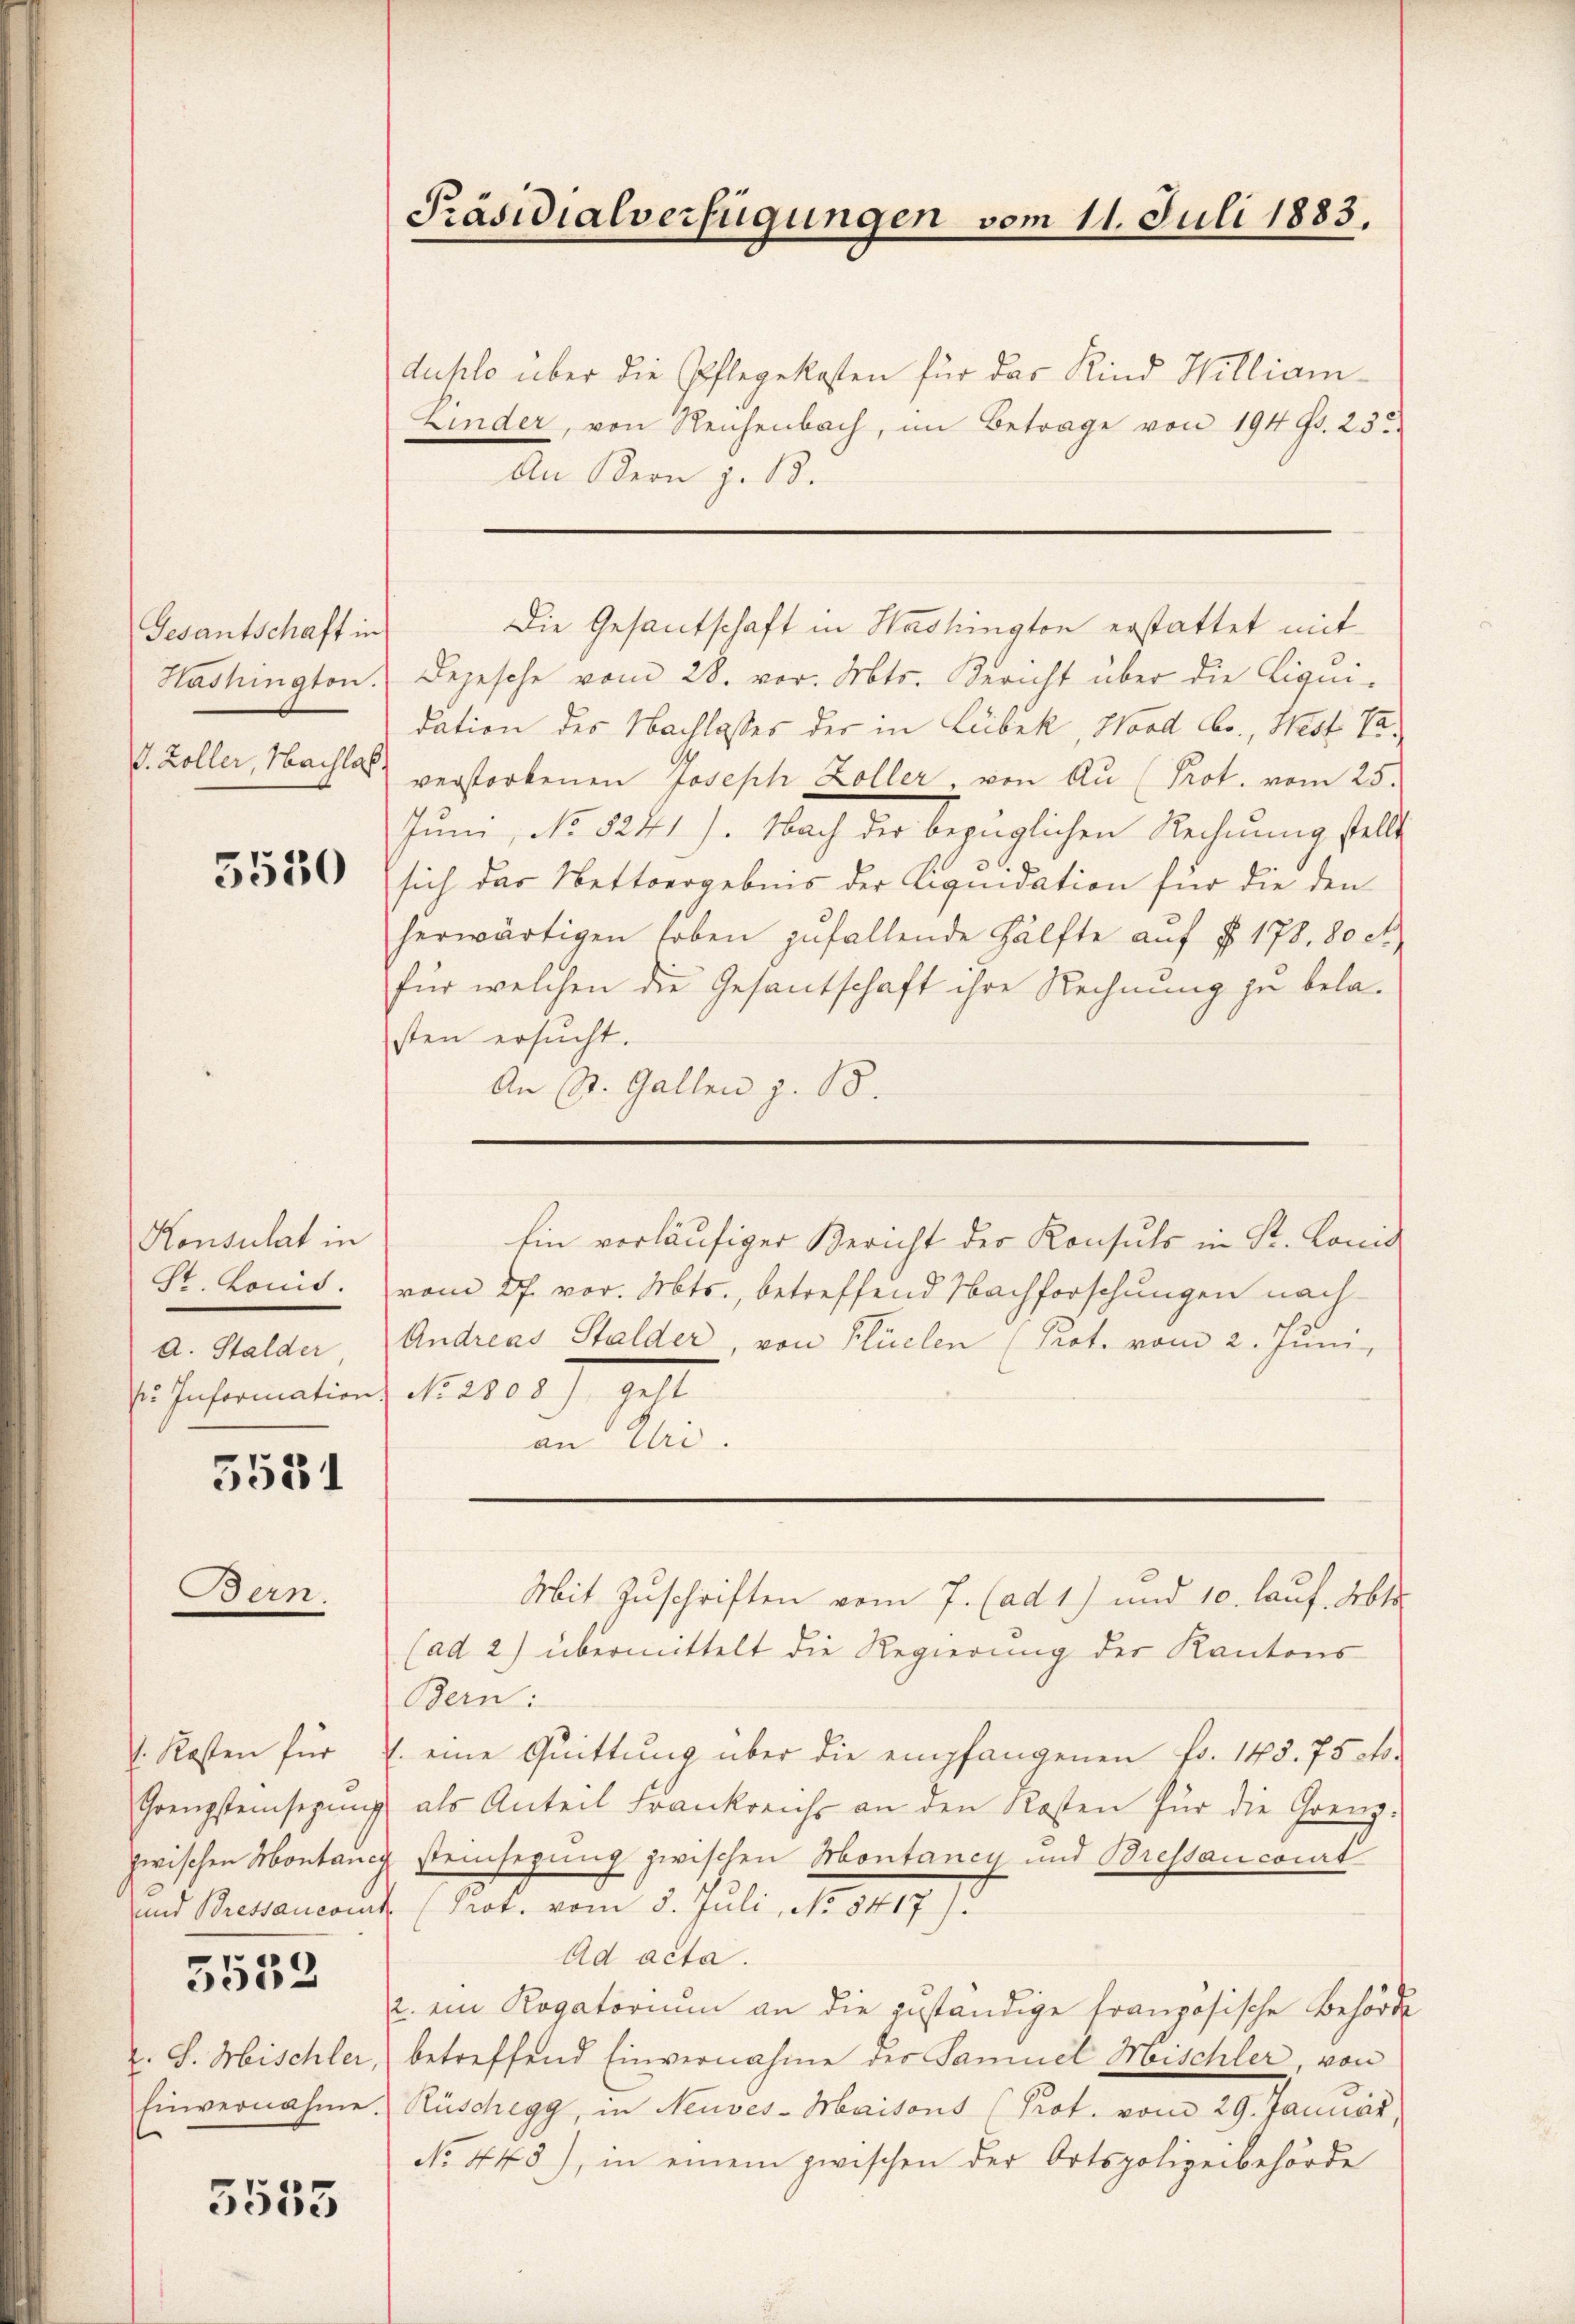
Gesantschaft in
Washington.
J. Zoller, Nachlas

5530

Konsulat in
St. Komit.
a. Stalder
. Information.

5531

Bern.

. Kosten für

5539

z. S. Mischler.
Einvernahme

3555

Präsidialverfügungen vom 11. Juli 1883.

duplo über die Pflegekosten für das Kind William
Linder, von Reichenbach, im Betrage von 194 Fr. 23.
An Kern J. 18.
Die Gesantschaft in Washington erstattet mit
Depesche vom 28. vor. Mts. Bericht über die Liqui-
dation des Nachlasses der in Lübek, Nord Cbr., West Vaverstorbenen Joseph Koller, von Au (Prot. vom 25.
Juni, No 8241). Nach der bezüglichen Rechnung stellt
sich das Nettoergebnis der Liquidation für die den
herwärtigen hoben zufallende Hälfte aŭf § 178. 80 ct.
für welchen die Gesantschaft ihre Rechnung zu belasten ersucht.
An St. Gallen z. 18.

Ein vorläufiger Bericht der Konsuls in Sr. Konid
vom 27. vor. Mts., betreffend Nachforschungen nach
Andreas Stalder, von Flüelen (Prot. vom 2. Juni,
Nr. 103) get
an Uri.

Mit Zuschriften vom 7. (ad 1) und 10. lauf. Abt
(ad 2) übermittelt die Regierung der Kantons
Bern:
(. eine Quittung über die empfangenen fr. 145. 75ck.
Grenzsteinsezung als Anteil Frankreichs an den Kosten für die Grenz-
zwischen Montanig steinhegung zwischen Montaney und Bressancont
und Belancant (Prot. vom 5. Juli, 1. 1417. J
Ad acta.
2. ein Rogatorium an die zuständige Französische Behörde
betreffend Einvernahme der Samuel Meischler, von
Rüschegg, in Neuves-Maisons (Prot. vom 29. Január,
No 443), in einem zwischen der Ortspolizeibehörde